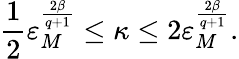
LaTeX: \frac 12\varepsilon_{M}^{\frac{2\beta}{q+1}}\leq\kappa\leq 2\varepsilon_{M}^{\frac{2\beta}{q+1}}.